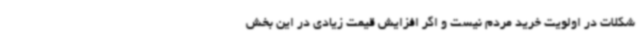
شکلات در اولویت خرید مردم نیست و اگر افزایش قیمت زیادی در این بخش